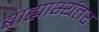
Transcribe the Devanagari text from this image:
बाह्याभ्यंतर